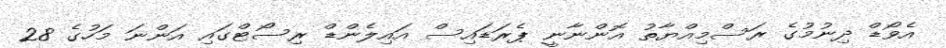
އެވޯޑް ދިނުމުގެ ރަސްމިއްޔާތު އޮންނާނީ ޕެރަޑައިސް އައިލެންޑް ރިސޯޓްގައި އަންނަ މަހުގެ 28